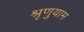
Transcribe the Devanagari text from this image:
श्रृणुयाम